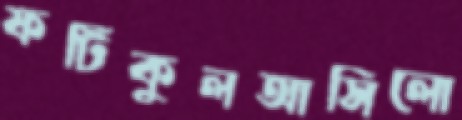
ফটিকুলআসিলো